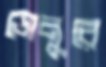
ডোলুরে